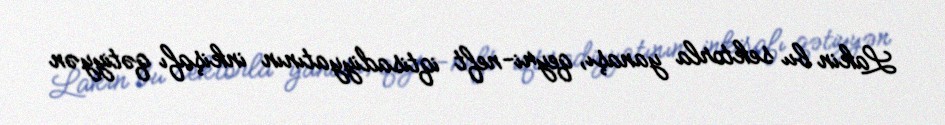
Lakin bu sektorla yanaşı, qeyri-neft iqtisadiyyatının inkişafı qətiyyən